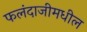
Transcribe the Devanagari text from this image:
फलंदाजीमधील